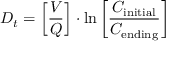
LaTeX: D _ { t } = \left[ { \frac { V } { Q } } \right] \cdot \ln \left[ { \frac { C _ { \mathrm { i n i t i a l } } } { C _ { \mathrm { e n d i n g } } } } \right] \quad